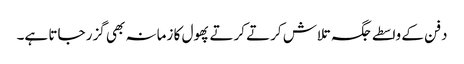
دفن کے واسطے جگہ تلاش کرتے کرتے پھول کا زمانہ بھی گزر جاتا ہے۔